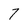
Character: 7